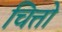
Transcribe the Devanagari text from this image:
चित्तो